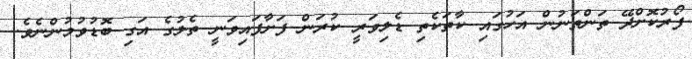
ފޯރުކޮށްދޭ ތަންތަނުން އަހުގައި ކާތަކެތި ޑެލިވަރީ ކުރަން ފަށާފައިވަނީ ތެލުގެ އަގި ބޮޑުވުމުންނެވެ.